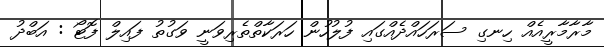
މާރާމާރީއެއް ހިނގި ސަރަހައްދެއްގައި ފުލުހުން ހަރަކާތްތެރިވަނީ ވަގުތު ފައިލް ފޮޓޯ : އަބްދު